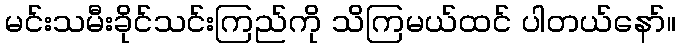
မင်းသမီးခိုင်သင်းကြည်ကို သိကြမယ်ထင် ပါတယ်နော်။